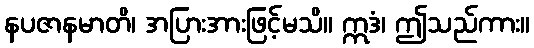
နပဇာနမာတိ၊ အပြားအားဖြင့်မသိ။ ဣဒံ၊ ဤသည်ကား။